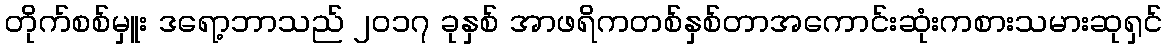
တိုက်စစ်မှူး ဒရော့ဘာသည် ၂၀၁၇ ခုနှစ် အာဖရိကတစ်နှစ်တာအကောင်းဆုံးကစားသမားဆုရှင်